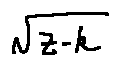
\sqrt { z - k }